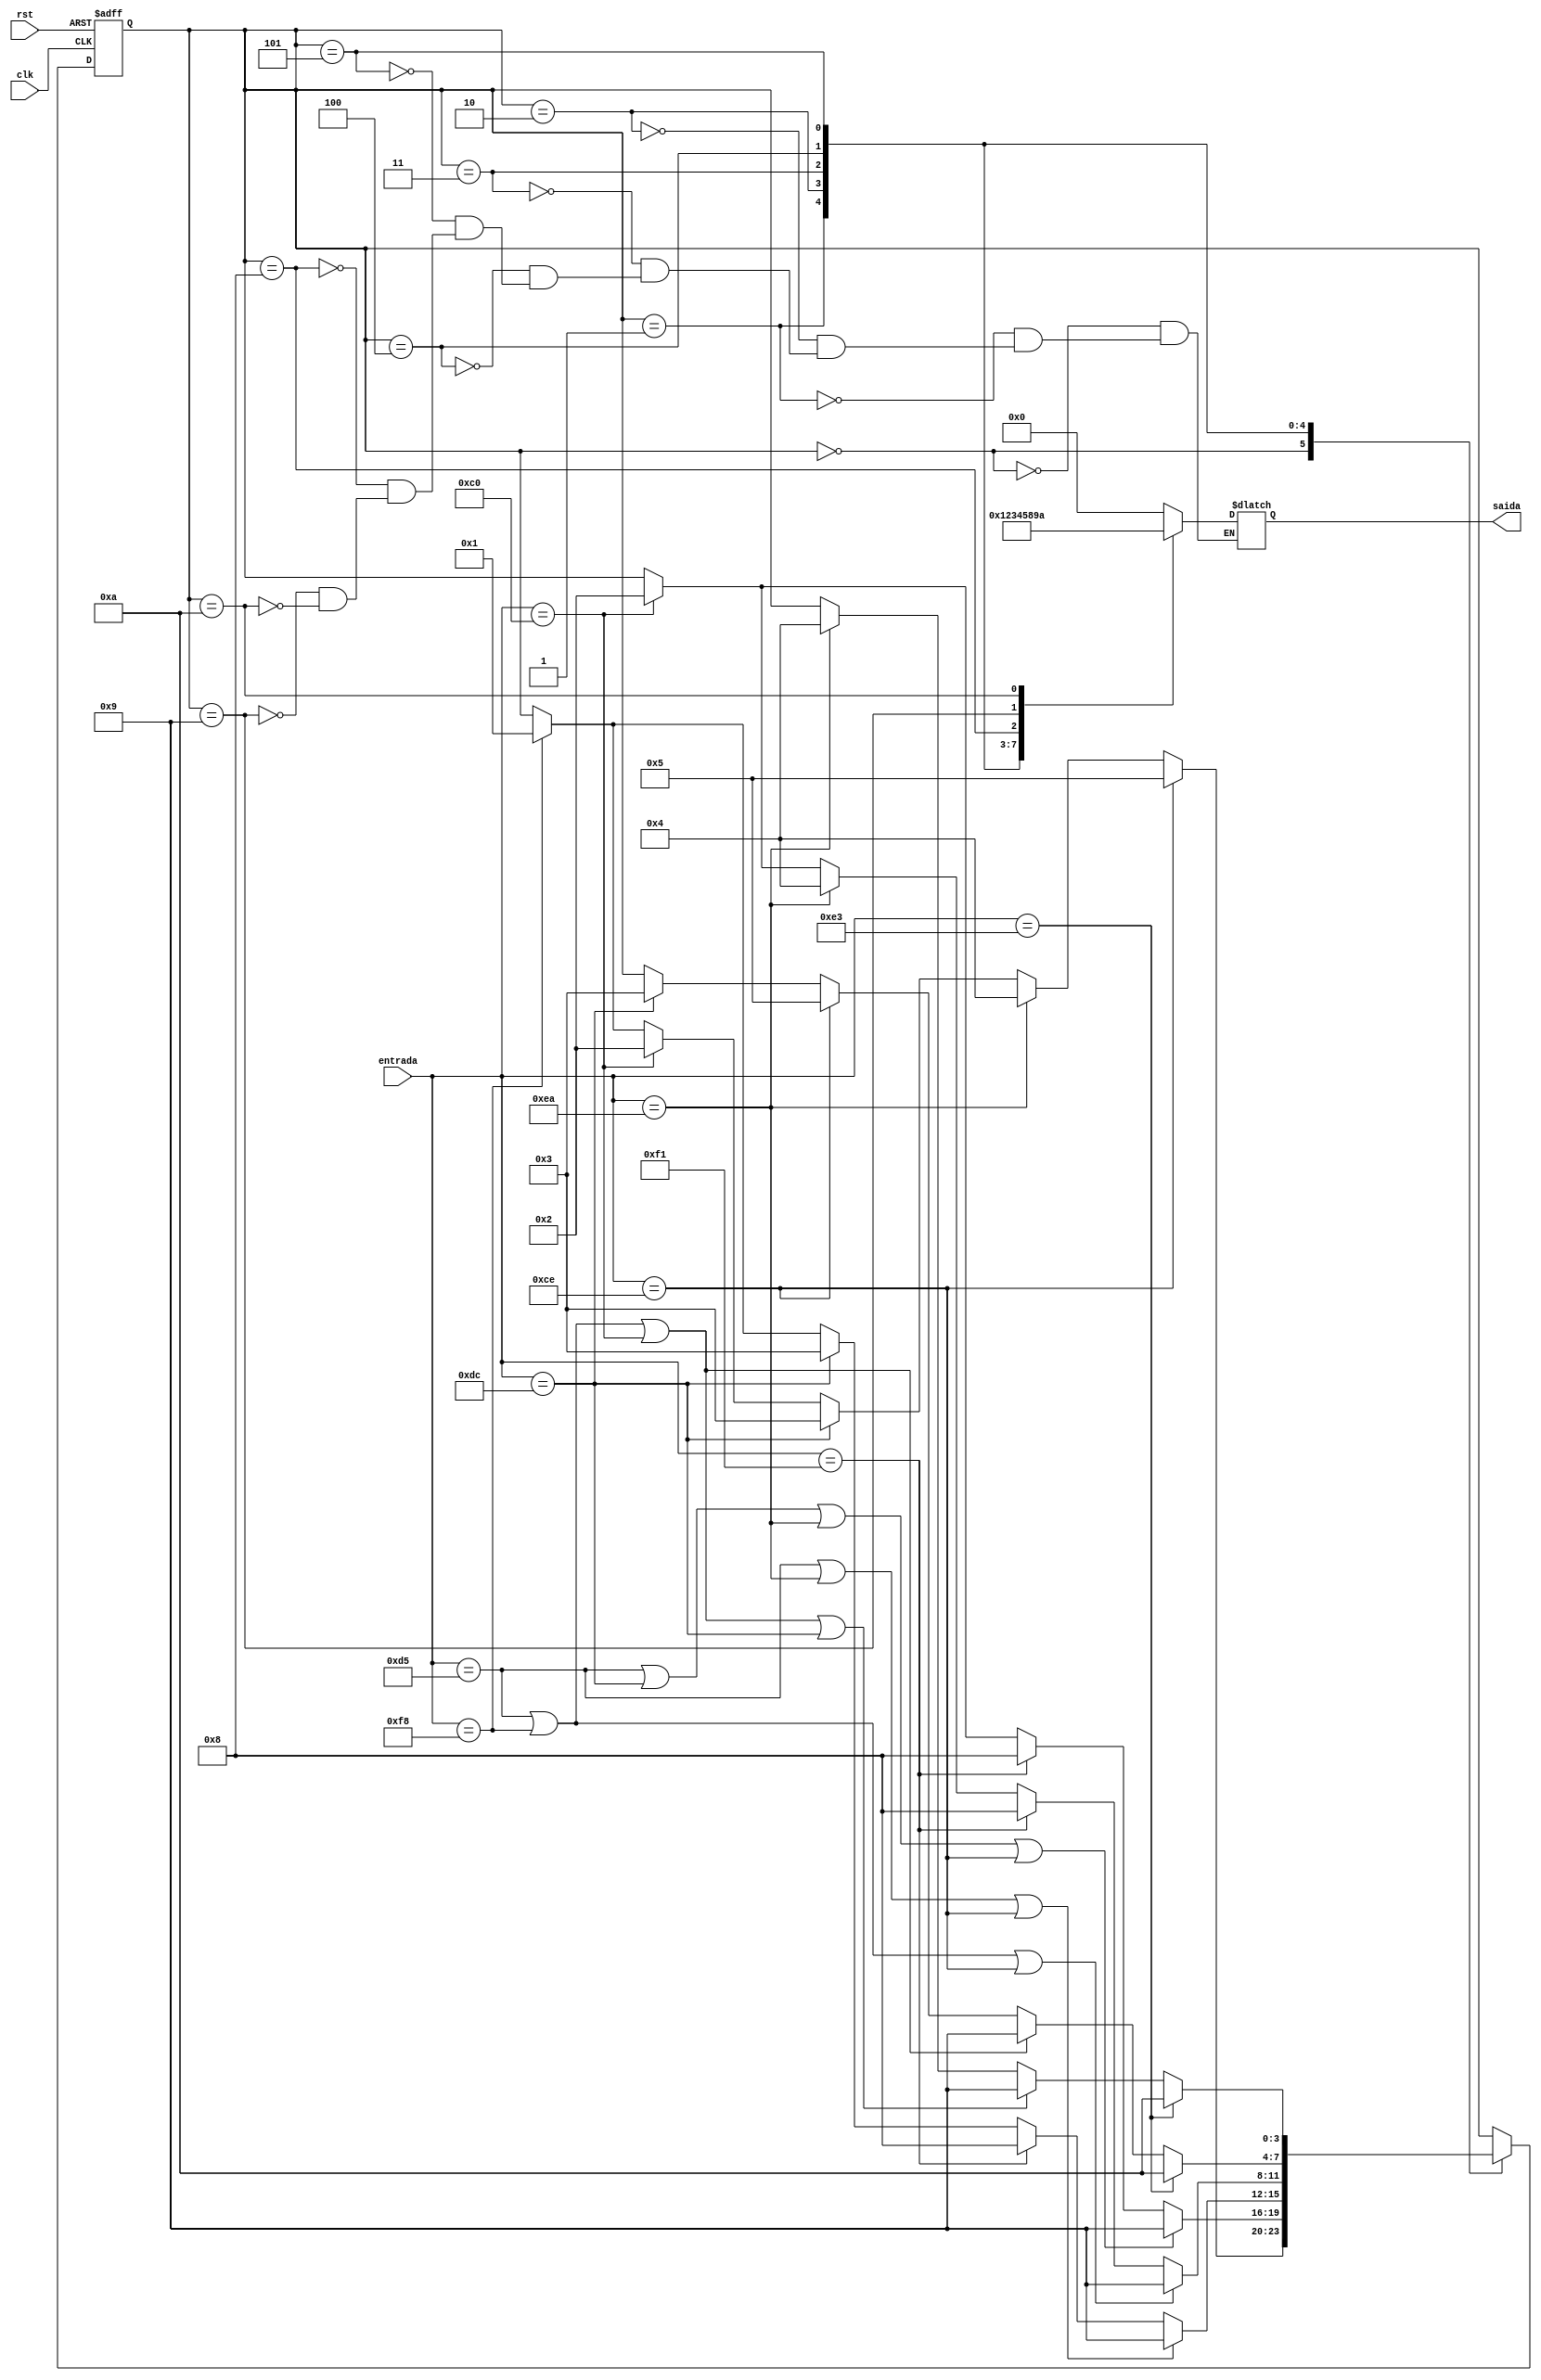
module moore_machine(entrada, clk, rst, saida);
    input clk, rst;

    // 8-bits input
    input [7:0] entrada;

    // 4-bits output
    output reg [3:0] saida;

    // Registrador de estado (Register)
    reg [3:0] state;

    // Characteres (Characters)
    parameter C0 = 8'b10000000,
              C1 = 8'b11111000,
              C2 = 8'b11000000,
              C3 = 8'b11011100,
              C4 = 8'b11101010,
              C5 = 8'b11001110,
              C6 = 8'b11110001,
              C7 = 8'b11010101,
              C8 = 8'b11100011;

    // Sadas - Estados (States)
    parameter S0 = 4'b0000,
              S1 = 4'b0001,
              S2 = 4'b0010,
              S3 = 4'b0011,
              S4 = 4'b0100,
              S5 = 4'b0101,
              S6 = 4'b1000,
              S7 = 4'b1001,
              S8 = 4'b1010;


    // Inicializao da mquina (Initialization)
    initial
    begin
        state <= S0;
    end


    // Primeiro procedimento - Prximo estado (First state)
    always @(posedge clk, posedge rst)
    begin
        if (rst) state <= S0;
        else
        begin
            case (state)
                S0:
                begin
                    if (entrada == C1) state <= S1;
                    if (entrada == C2) state <= S2;
                    if (entrada == C3) state <= S3;
                    if (entrada == C4) state <= S4;
                    if (entrada == C5) state <= S5;
                end
                
                S1:
                begin
                    if (entrada == C2) state <= S2;
                    if (entrada == C6) state <= S6;
                    if (entrada == C7 || entrada == C3 || entrada == C4 || entrada == C5) state <= S7;
                end

                S2:
                begin
                    if (entrada == C1) state <= S1;
                    if (entrada == C3) state <= S3;
                    if (entrada == C6) state <= S6;
                    if (entrada == C7 || entrada == C4 || entrada == C5) state <= S7;
                end

                S3:
                begin
                    if (entrada == C2) state <= S2;
                    if (entrada == C4) state <= S4;
                    if (entrada == C6) state <= S6;
                    if (entrada == C7 || entrada == C1 || entrada == C5) state <= S7;
                end

                S4:
                begin
                    if (entrada == C3) state <= S3;
                    if (entrada == C5) state <= S5;
                    if (entrada == C7 || entrada == C1 || entrada == C2) state <= S7;
                    if (entrada == C8) state <= S8;
                end

                S5:
                begin
                    if (entrada == C4) state <= S4;
                    if (entrada == C7 || entrada == C1 || entrada == C2 || entrada == C3) state <= S7;
                    if (entrada == C8) state <= S8;
                end
            endcase
        end
    end


    // Segundo procedimento - Sadas (Outputs)
    always @(state)
    begin
        case (state)
            S0: saida <= S0;
            S1: saida <= S1;
            S2: saida <= S2;
            S3: saida <= S3;
            S4: saida <= S4;
            S5: saida <= S5;
            S6: saida <= S6;
            S7: saida <= S7;
            S8: saida <= S8;
        endcase
    end

endmodule